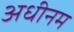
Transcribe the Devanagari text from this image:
अधीनम